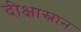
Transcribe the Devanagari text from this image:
दीक्षास्नान